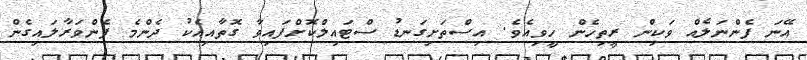
އޭނަ ފެންނަލެއް ވަކިން ރީތިހެން ހީވިއެވެ. އިސްތަށިގަނޑު ސްޓައިލްކޮށްފައިވާ ގޮތާއިއެކު ދެންމެ ފެންވަރާލައިގެން